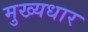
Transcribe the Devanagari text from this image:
मुख्यधार